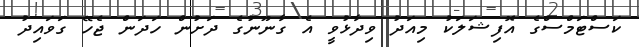
ކަސްޓަމްސްގެ އޮފިޝަލަކު މިއަދު ވިދާޅުވީ އެ ގާނޫނުގެ ދަށުން ހަދަން ޖެހޭ ގަވައިދު